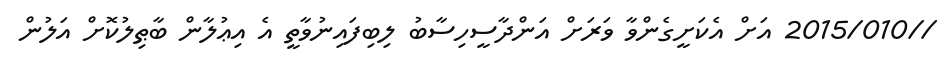
//2015/010 އަށް އެކަށީގެންވާ ވަރަށް އަންދާސީހިސާބު ލިބިފައިނުވާތީ އެ އިޢުލާން ބާޠިލުކޮށް އަލުން